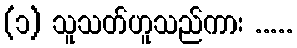
(၁) သူသတ်ဟူသည်ကား .....